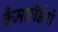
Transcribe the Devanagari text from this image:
कैमकॉर्डरों